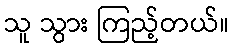
သူ သွား ကြည့်တယ်။